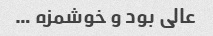
عالی بود و خوشمزه …